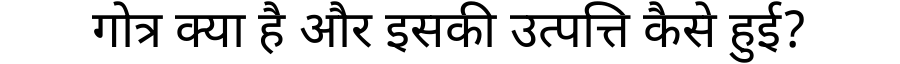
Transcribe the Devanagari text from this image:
गोत्र क्या है और इसकी उत्पत्ति कैसे हुई?